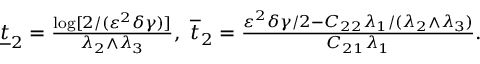
\begin{array} { r } { \underline { { t } } _ { 2 } = \frac { \log [ 2 / ( \varepsilon ^ { 2 } \delta \gamma ) ] } { \lambda _ { 2 } \wedge \lambda _ { 3 } } , ~ \overline { { t } } _ { 2 } = \frac { \varepsilon ^ { 2 } \delta \gamma / 2 - C _ { 2 2 } \lambda _ { 1 } / ( \lambda _ { 2 } \wedge \lambda _ { 3 } ) } { C _ { 2 1 } \lambda _ { 1 } } . } \end{array}